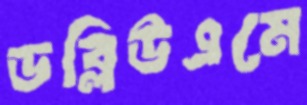
ডব্লিউএমে